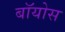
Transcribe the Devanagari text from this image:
बॉयोस